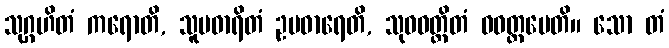
သုဂ္ဂဟိတံ ကရောတိ, သူပဓာရိတံ ဥပဓာရေတိ, သုဝဝတ္ထိတံ ဝဝတ္ထပေတိ။ သော တံ